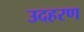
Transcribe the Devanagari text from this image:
उदहरण